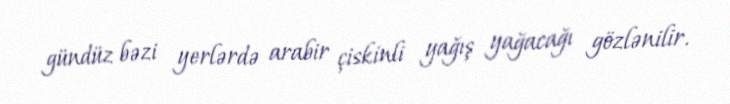
gündüz bəzi yerlərdə arabir çiskinli yağış yağacağı gözlənilir.